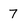
Character: 7